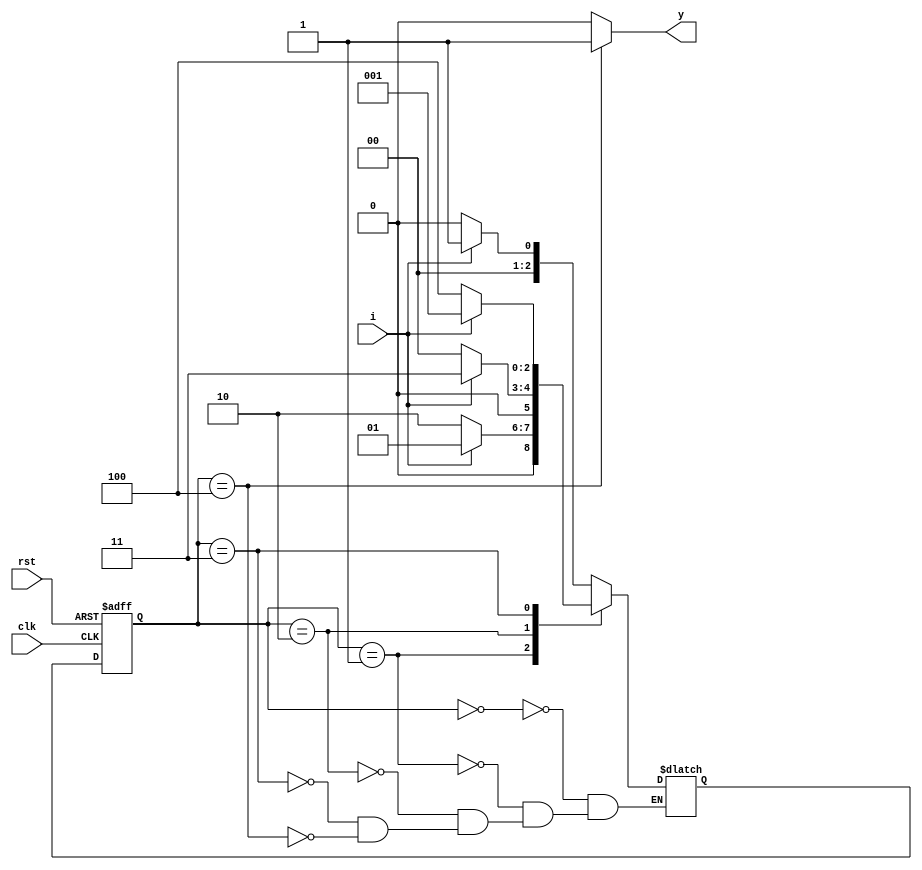
module moore(y,i,clk,rst);
    input i, clk, rst;
    output reg y;

    reg [2:0] cs, ns;

    parameter s0 = 3'b000;
    parameter s1 = 3'b001; 
    parameter s2 = 3'b010; 
    parameter s3 = 3'b011; 
    parameter s4 = 3'b100;

    always @ (cs or i) begin
        case (cs)
            s0: if (i) ns = s1; else ns = s0;
            s1: if (i) ns = s1; else ns = s2;
            s2: if (i) ns = s3; else ns = s0;
            s3: if (i) ns = s1; else ns = s4;
            s4: if (i) ns = s1; else ns = s0;
        endcase
    end
    always @ (posedge clk or posedge rst) begin
        if (rst) cs <= s0;
        else cs <= ns;
    end
    always @ (cs) begin
        if (cs == s4) y=1'b1;
        else y=1'b0;
    end
endmodule

module moore_tb;
    reg i, clk, rst;
    wire y;
    moore tb(y,i,clk,rst);
    always #5 clk = ~clk;
    initial begin
        i=1; clk=0; rst=1;
        #10 rst=0;
        #10 i=0;
        #10 i=1;
        #10 i=0;
        #10 i=1;
        #10 i=0;
        #50 $stop;
    end
endmodule